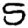
Digit: 5